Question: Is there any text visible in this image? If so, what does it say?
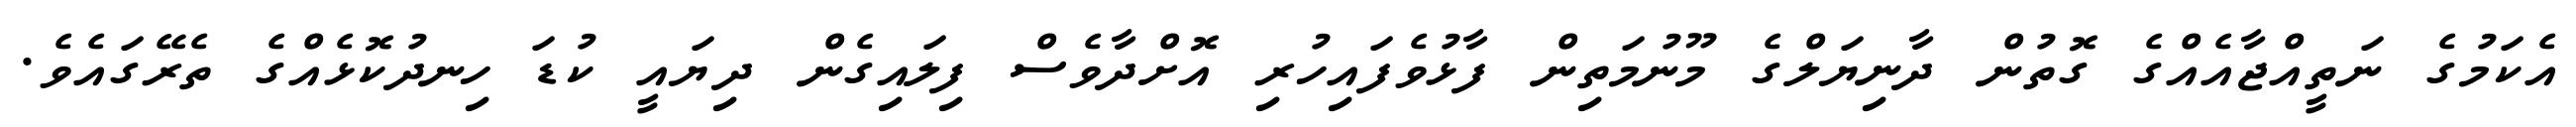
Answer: އެކަމުގެ ނަތީއްޖާއެއްގެ ގޮތުން ދާނިޔަލްގެ މޫނުމަތިން ފާޅުވެފައިހުރި އޮށްދާވެސް ފިލައިގެން ދިޔައީ ކުޑަ ހިނދުކޮޅެއްގެ ތެރޭގައެވެ.